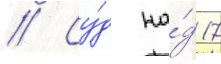
// Су́д на́д 17